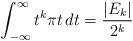
\begin{align*}\int_{-\infty}^{\infty} t^{k} \pi t \, dt = \frac{|E_{k}|}{2^{k}} \end{align*}